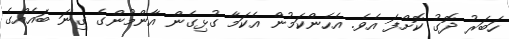
ހަބަރު ދޮގު ކޮށްފަ އެވެ. އެހެންކަމުން އެކަމާ ގުޅިގެން އާންމުންގެ ގިނަ ބައެއްގެ